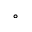
^ { \circ }